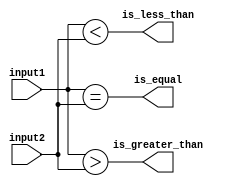
module magnitude_comparator (
    input wire [7:0] input1,
    input wire [7:0] input2,
    output wire is_equal,
    output wire is_less_than,
    output wire is_greater_than
);

assign is_equal = (input1 == input2);
assign is_less_than = (input1 < input2);
assign is_greater_than = (input1 > input2);

endmodule